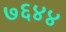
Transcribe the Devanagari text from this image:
७६४४